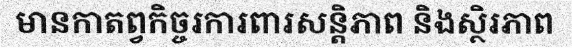
មានកាតព្វកិច្ចរការពារសន្តិភាព និងស្ថិរភាព